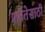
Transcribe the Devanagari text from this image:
प्राप्ततेसाठी